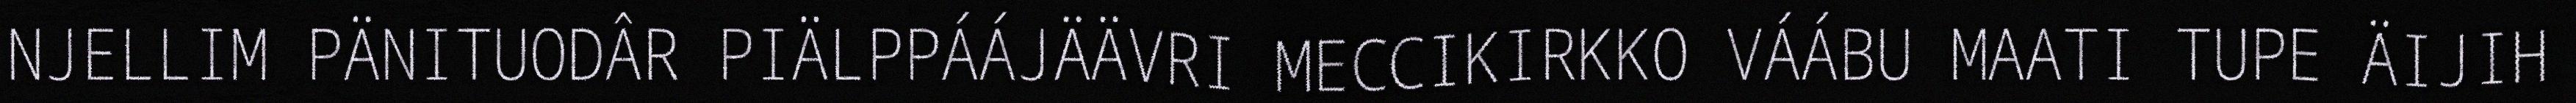
NJELLIM PÄNITUODÂR PIÄLPPÁÁJÄÄVRI MECCIKIRKKO VÁÁBU MAATI TUPE ÄIJIH